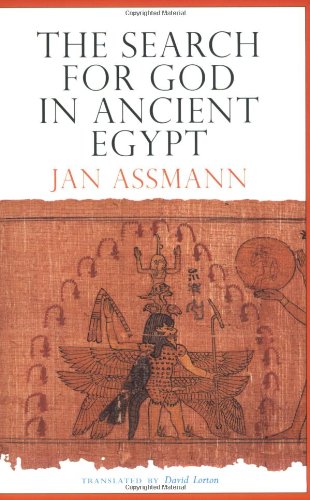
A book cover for The Search for God in Ancient Egypt; Jan Assmann; History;